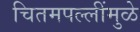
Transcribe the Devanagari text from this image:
चितमपल्लींमुळे